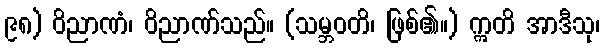
၉၈) ဝိညာဏံ၊ ဝိညာဏ်သည်။ (သမ္ဘဝတိ၊ ဖြစ်၏။) ဣတိ အာဒီသု၊